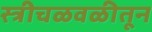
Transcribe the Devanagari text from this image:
स्त्रीचळवळीतून